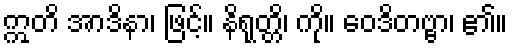
ဣတိ အာဒိနာ၊ ဖြင့်။ နိရုတ္တိ၊ ကို။ ဝေဒိတဗ္ဗာ၊ ၏။